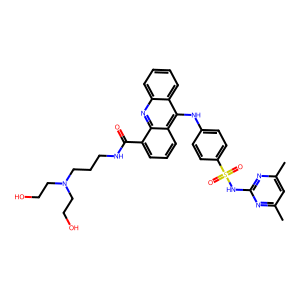
SMILES: Cc1cc(C)nc(NS(=O)(=O)c2ccc(Nc3c4ccccc4nc4c(C(=O)NCCCN(CCO)CCO)cccc34)cc2)n1
Inhibits HIV replication: No